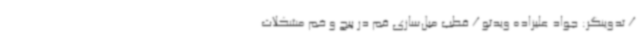
/ تدوینگر: جواد علیزاده ویدئو / قطب مبل‌سازی قم در پیچ و خم مشکلات